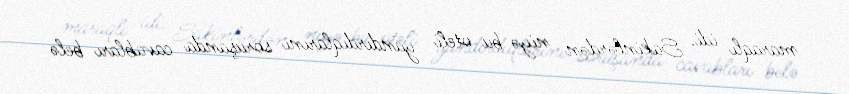
maraqlı idi. Sakinlərdən niyə bu oteli yandırdıqlarını soruşanda cavabları belə